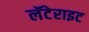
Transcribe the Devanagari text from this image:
लॅटेराइट